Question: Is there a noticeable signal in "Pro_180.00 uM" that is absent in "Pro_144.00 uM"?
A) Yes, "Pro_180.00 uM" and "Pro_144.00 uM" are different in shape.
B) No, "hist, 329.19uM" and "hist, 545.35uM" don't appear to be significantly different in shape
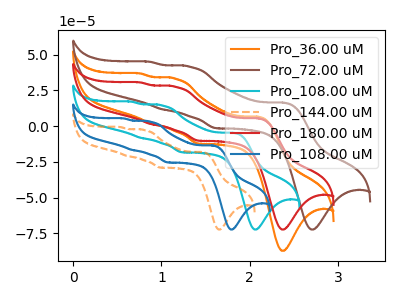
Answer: <think>The orange curve "Pro_36.00 uM" has anodic peaks at (2.10V, 6.55uA) (1.15V, 33.15uA) (0.90V, 1.60uA) (0.75V, 36.80uA) and cathodic peaks at (2.40V, -87.25uA) (1.40V, -12.35uA). The brown curve "Pro_72.00 uM" has anodic peaks at (2.40V, 16.35uA) (1.30V, 41.55uA) (1.00V, 11.70uA) (0.85V, 45.00uA) and cathodic peaks at (2.70V, -72.35uA) (1.60V, -1.50uA). The cyan curve "Pro_108.00 uM" has anodic peaks at (1.80V, -4.75uA) (1.00V, 14.45uA) (0.75V, -8.30uA) (0.65V, 17.10uA) and cathodic peaks at (2.05V, -72.35uA) (1.25V, -18.35uA). The orange dashed curve "Pro_144.00 uM" has anodic peaks at (1.45V, -18.15uA) (0.80V, -2.75uA) (0.60V, -21.00uA) (0.55V, -0.65uA) and cathodic peaks at (1.65V, -72.35uA) (1.00V, -29.05uA). The red curve "Pro_180.00 uM" has anodic peaks at (2.10V, 5.45uA) (1.15V, 27.50uA) (0.90V, 1.35uA) (0.75V, 30.55uA) and cathodic peaks at (2.40V, -72.35uA) (1.40V, -10.25uA). The blue curve "Pro_108.00 uM" has anodic peaks at (1.60V, -13.60uA) (0.85V, 3.05uA) (0.65V, -16.70uA) (0.55V, 5.35uA) and cathodic peaks at (1.80V, -72.35uA) (1.05V, -25.45uA).
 "Pro_180.00 uM" and "Pro_144.00 uM" have at least one peak that do not match.</think>
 <answer>A) Yes, "Pro_180.00 uM" and "Pro_144.00 uM" are different in shape.</answer>
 <eval>A</eval>